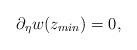
LaTeX: \begin{align*} \partial_\eta w(z_{min})=0,\end{align*}